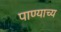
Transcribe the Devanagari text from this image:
पाण्याच्य